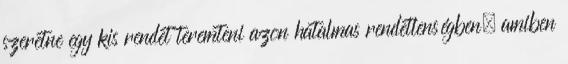
szeretne egy kis rendet teremteni azon hatalmas rendetlenségben, amiben